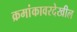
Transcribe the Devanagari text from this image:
क्रमांकावरदेखील